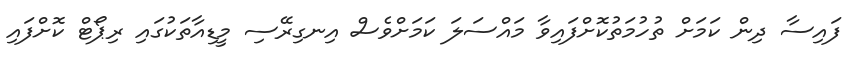
ފައިސާ ދިން ކަމަށް ތުހުމަތުކޮށްފައިވާ މައްސަލަ ކަމަށްވެސް އިނގިރޭސި މީޑިއާތަކުގައި ރިޕޯޓް ކޮށްފައި